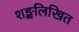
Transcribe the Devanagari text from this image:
शङ्खलिखित